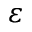
\varepsilon